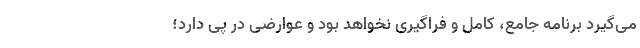
می‌گیرد برنامه جامع، کامل و فراگیری نخواهد بود و عوارضی در پی دارد؛